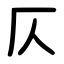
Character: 仄